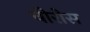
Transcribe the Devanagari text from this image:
वीरोस